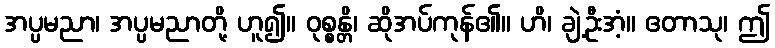
အပ္ပမညာ၊ အပ္ပမညာတို့ ဟူ၍။ ဝုစ္စန္တိ၊ ဆိုအပ်ကုန်၏။ ဟိ၊ ချဲ့ဦးအံ့။ ဧတာသု၊ ဤ